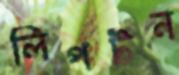
লিপটন